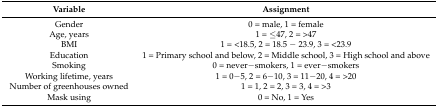
| Variable | Assignment |
 | --- | --- |
 | Gender | 0 = male, 1 = female |
 | Age, years | 1 = ≤47, 2 = >47 |
 | BMI | 1 = <18.5, 2 = 18.5 − 23.9, 3 = <23.9 |
 | Education | 1 = Primary school and below, 2 = Middle school, 3 = High school and above |
 | Smoking | 0 = never−smokers, 1 = ever−smokers |
 | Working lifetime, years | 1 = 0−5, 2 = 6−10, 3 = 11−20, 4 = >20 |
 | Number of greenhouses owned | 1 = 1, 2 = 2, 3 = 3, 4 = >3 |
 | Mask using | 0 = No, 1 = Yes |